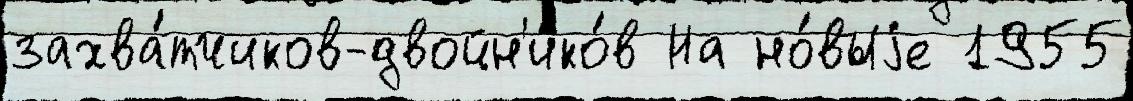
захва́тчиков-двойн'ико́в На но́выjе 1955